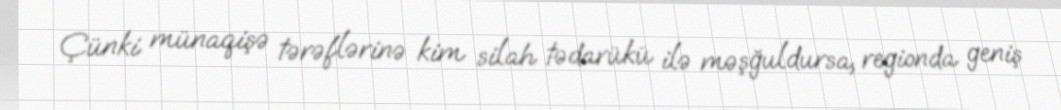
Çünki münaqişə tərəflərinə kim silah tədarükü ilə məşğuldursa, regionda geniş